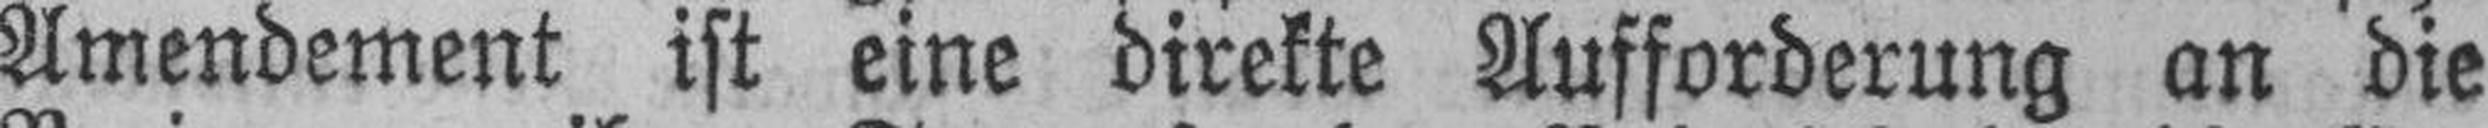
Amendement ist eine direkte Aufforderung an die